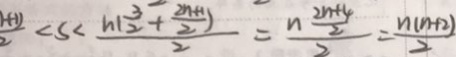
\frac { + 1 ) } { 2 } < s < \frac { h ( \frac { 3 } { 2 } + \frac { 2 n + 1 } { 2 } ) } { 2 } = \frac { n \frac { 2 n + 4 } { 2 } } { 2 } = \frac { n ( n + 2 ) } { 2 }